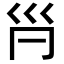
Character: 𡿩